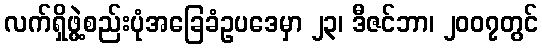
လက်ရှိဖွဲ့စည်းပုံအခြေခံဥပဒေမှာ ၂၃၊ ဒီဇင်ဘာ၊ ၂၀၀၇တွင်